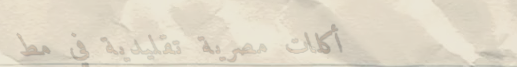
أكلات مصرية تقليدية في مط